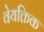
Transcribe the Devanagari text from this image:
वेयक्तिक